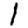
Digit: 1